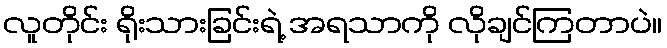
လူတိုင်း ရိုးသားခြင်းရဲ့ အရသာကို လိုချင်ကြတာပဲ။